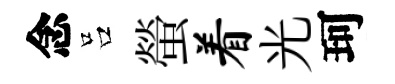
念吕螢着光珂